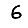
Digit: 6